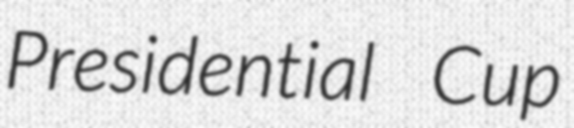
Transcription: Presidential Cup